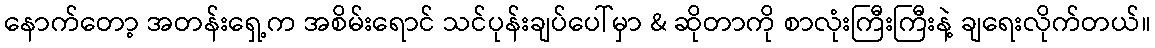
နောက်တော့ အတန်းရှေ့က အစိမ်းရောင် သင်ပုန်းချပ်ပေါ်မှာ & ဆိုတာကို စာလုံးကြီးကြီးနဲ့ ချရေးလိုက်တယ်။